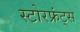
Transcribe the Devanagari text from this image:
स्टोरफ्रंट्स